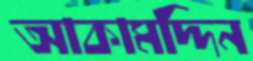
আকামদ্দিন